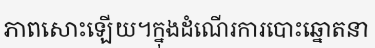
ភាពសោះឡើយ។ក្នុងដំណើរការបោះឆ្នោតនា